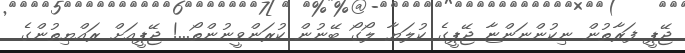
ޖޭޕީ ފަރާތުން ނިކުންނަންޏާ ޖޭޕީގެ ކުލަޔާ ލޯގޯ ބޭނުން ކުރަންވީނުންތޯ...! ޖޭޕީއަށް ރައްޔިތުންގެ